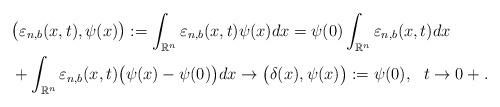
LaTeX: \begin{align*}&\big(\varepsilon_{n, b}(x,t),\psi(x)\big):=\int_{\mathbb{R}^{n}}\varepsilon_{n, b}(x,t)\psi(x)dx=\psi(0)\int_{\mathbb{R}^{n}}\varepsilon_{n, b}(x,t)dx\\&+\int_{\mathbb{R}^{n}}\varepsilon_{n, b}(x,t)\big(\psi(x)-\psi(0)\big)dx \to \big(\delta(x),\psi(x)\big):=\psi(0),~~t \to 0+.\end{align*}